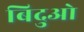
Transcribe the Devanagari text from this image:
बिदुओ